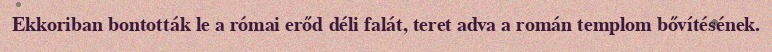
Ekkoriban bontották le a római erőd déli falát, teret adva a román templom bővítésének.